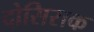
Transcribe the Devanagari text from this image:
दोसिराक